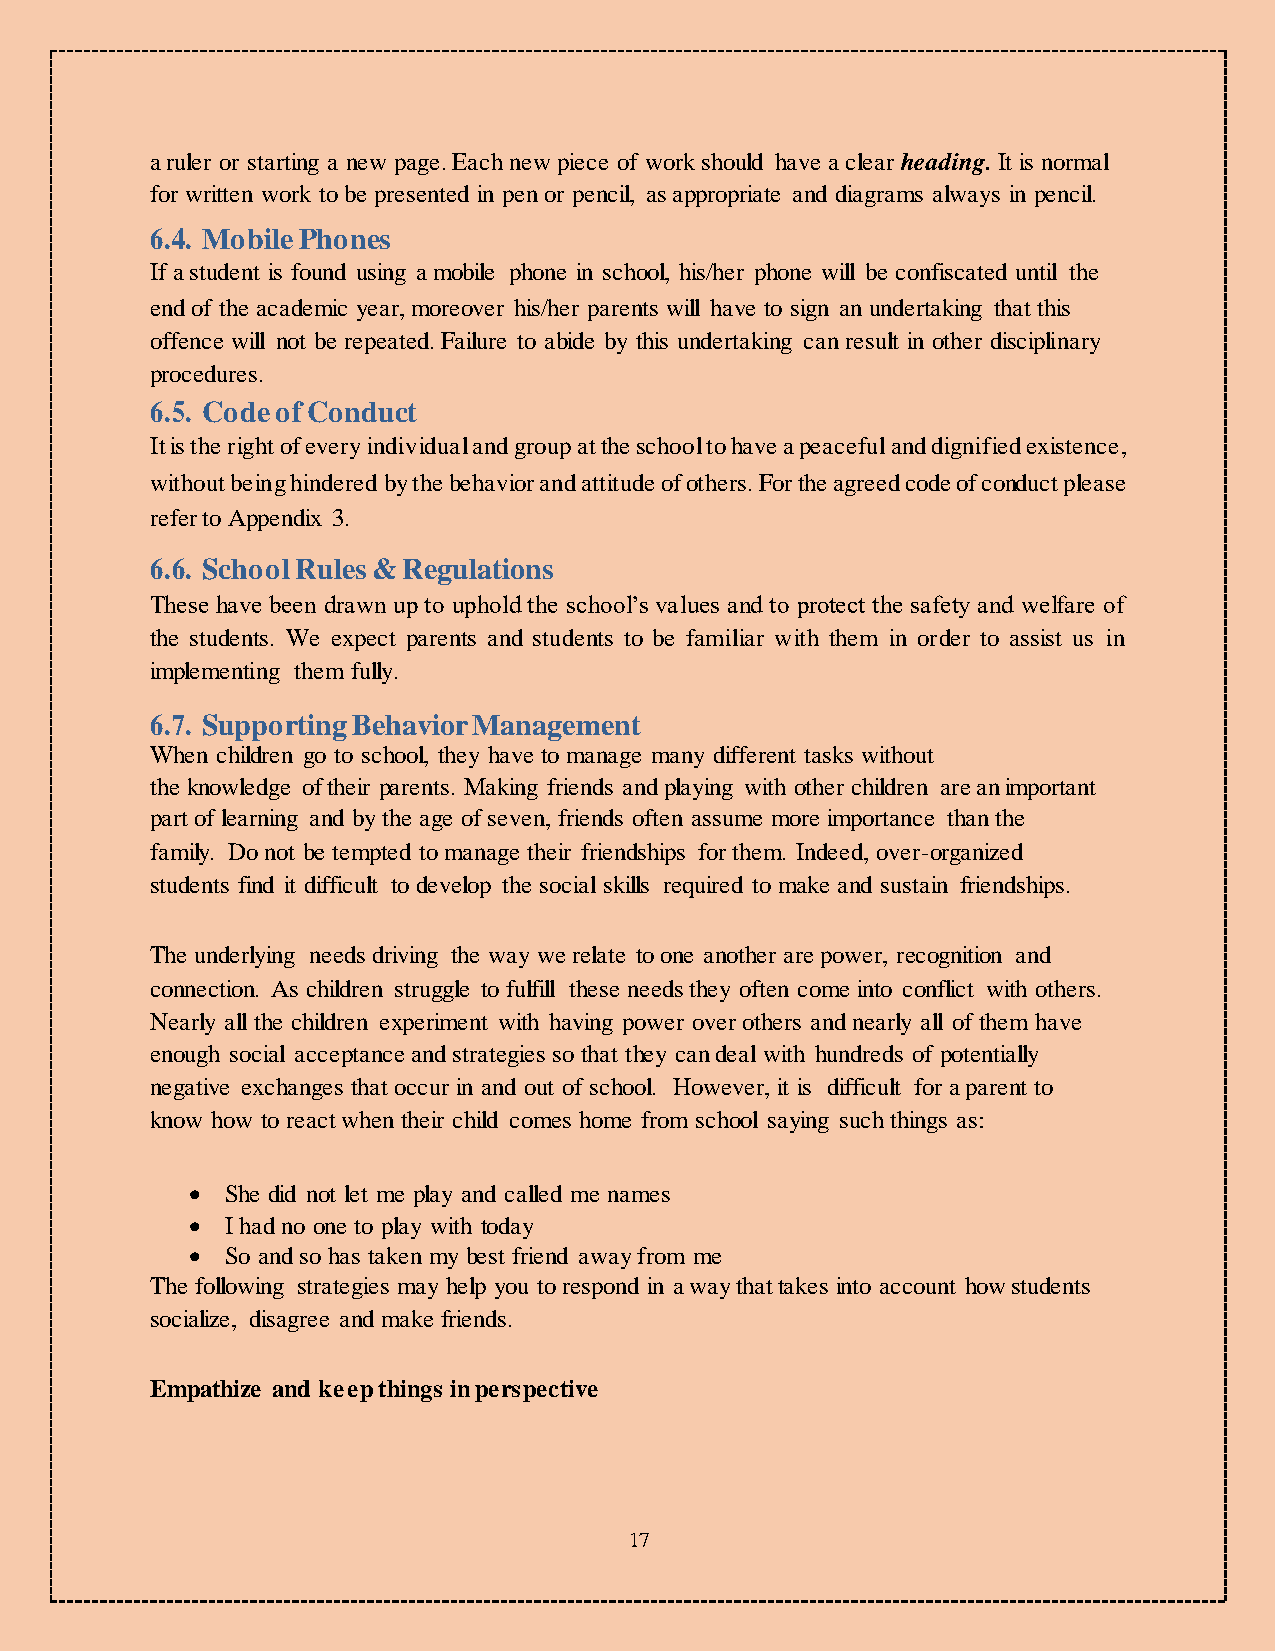
a ruler or starting a new page. Each new piece of work should have a clear heading. It is normal
 for written work to be presented in pen or pencil, as appropriate and diagrams always in pencil.
 6.4. Mobile Phones
 If a student is found using a mobile phone in school, his/her phone will be confiscated until the
 end of the academic year, moreover his/her parents will have to sign an undertaking that this
 offence will not be repeated. Failure to abide by this undertaking can result in other disciplinary
 procedures.
 6.5. Code of Conduct
 It is the right of every individual and group at the school to have a peaceful and dignified existence,
 without being hindered by the behavior and attitude of others. For the agreed code of conduct please
 refer to Appendix 3.
 6.6. School Rules & Regulations
 These have been drawn up to uphold the school’s values and to protect the safety and welfare of
 the students. We expect parents and students to be familiar with them in order to assist us in
 implementing them fully.
 6.7. Supporting Behavior Management
 When children go to school, they have to manage many different tasks without
 the knowledge of their parents. Making friends and playing with other children are an important
 part of learning and by the age of seven, friends often assume more importance than the
 family. Do not be tempted to manage their friendships for them. Indeed, over-organized
 students find it difficult to develop the social skills required to make and sustain friendships.
 The underlying needs driving the way we relate to one another are power, recognition and
 connection. As children struggle to fulfill these needs they often come into conflict with others.
 Nearly all the children experiment with having power over others and nearly all of them have
 enough social acceptance and strategies so that they can deal with hundreds of potentially
 negative exchanges that occur in and out of school. However, it is difficult for a parent to
 know how to react when their child comes home from school saying such things as:
   She did not let me play and called me names
   I had no one to play with today
   So and so has taken my best friend away from me
 The following strategies may help you to respond in a way that takes into account how students
 socialize, disagree and make friends.
 Empathize and keep things in perspective
 17